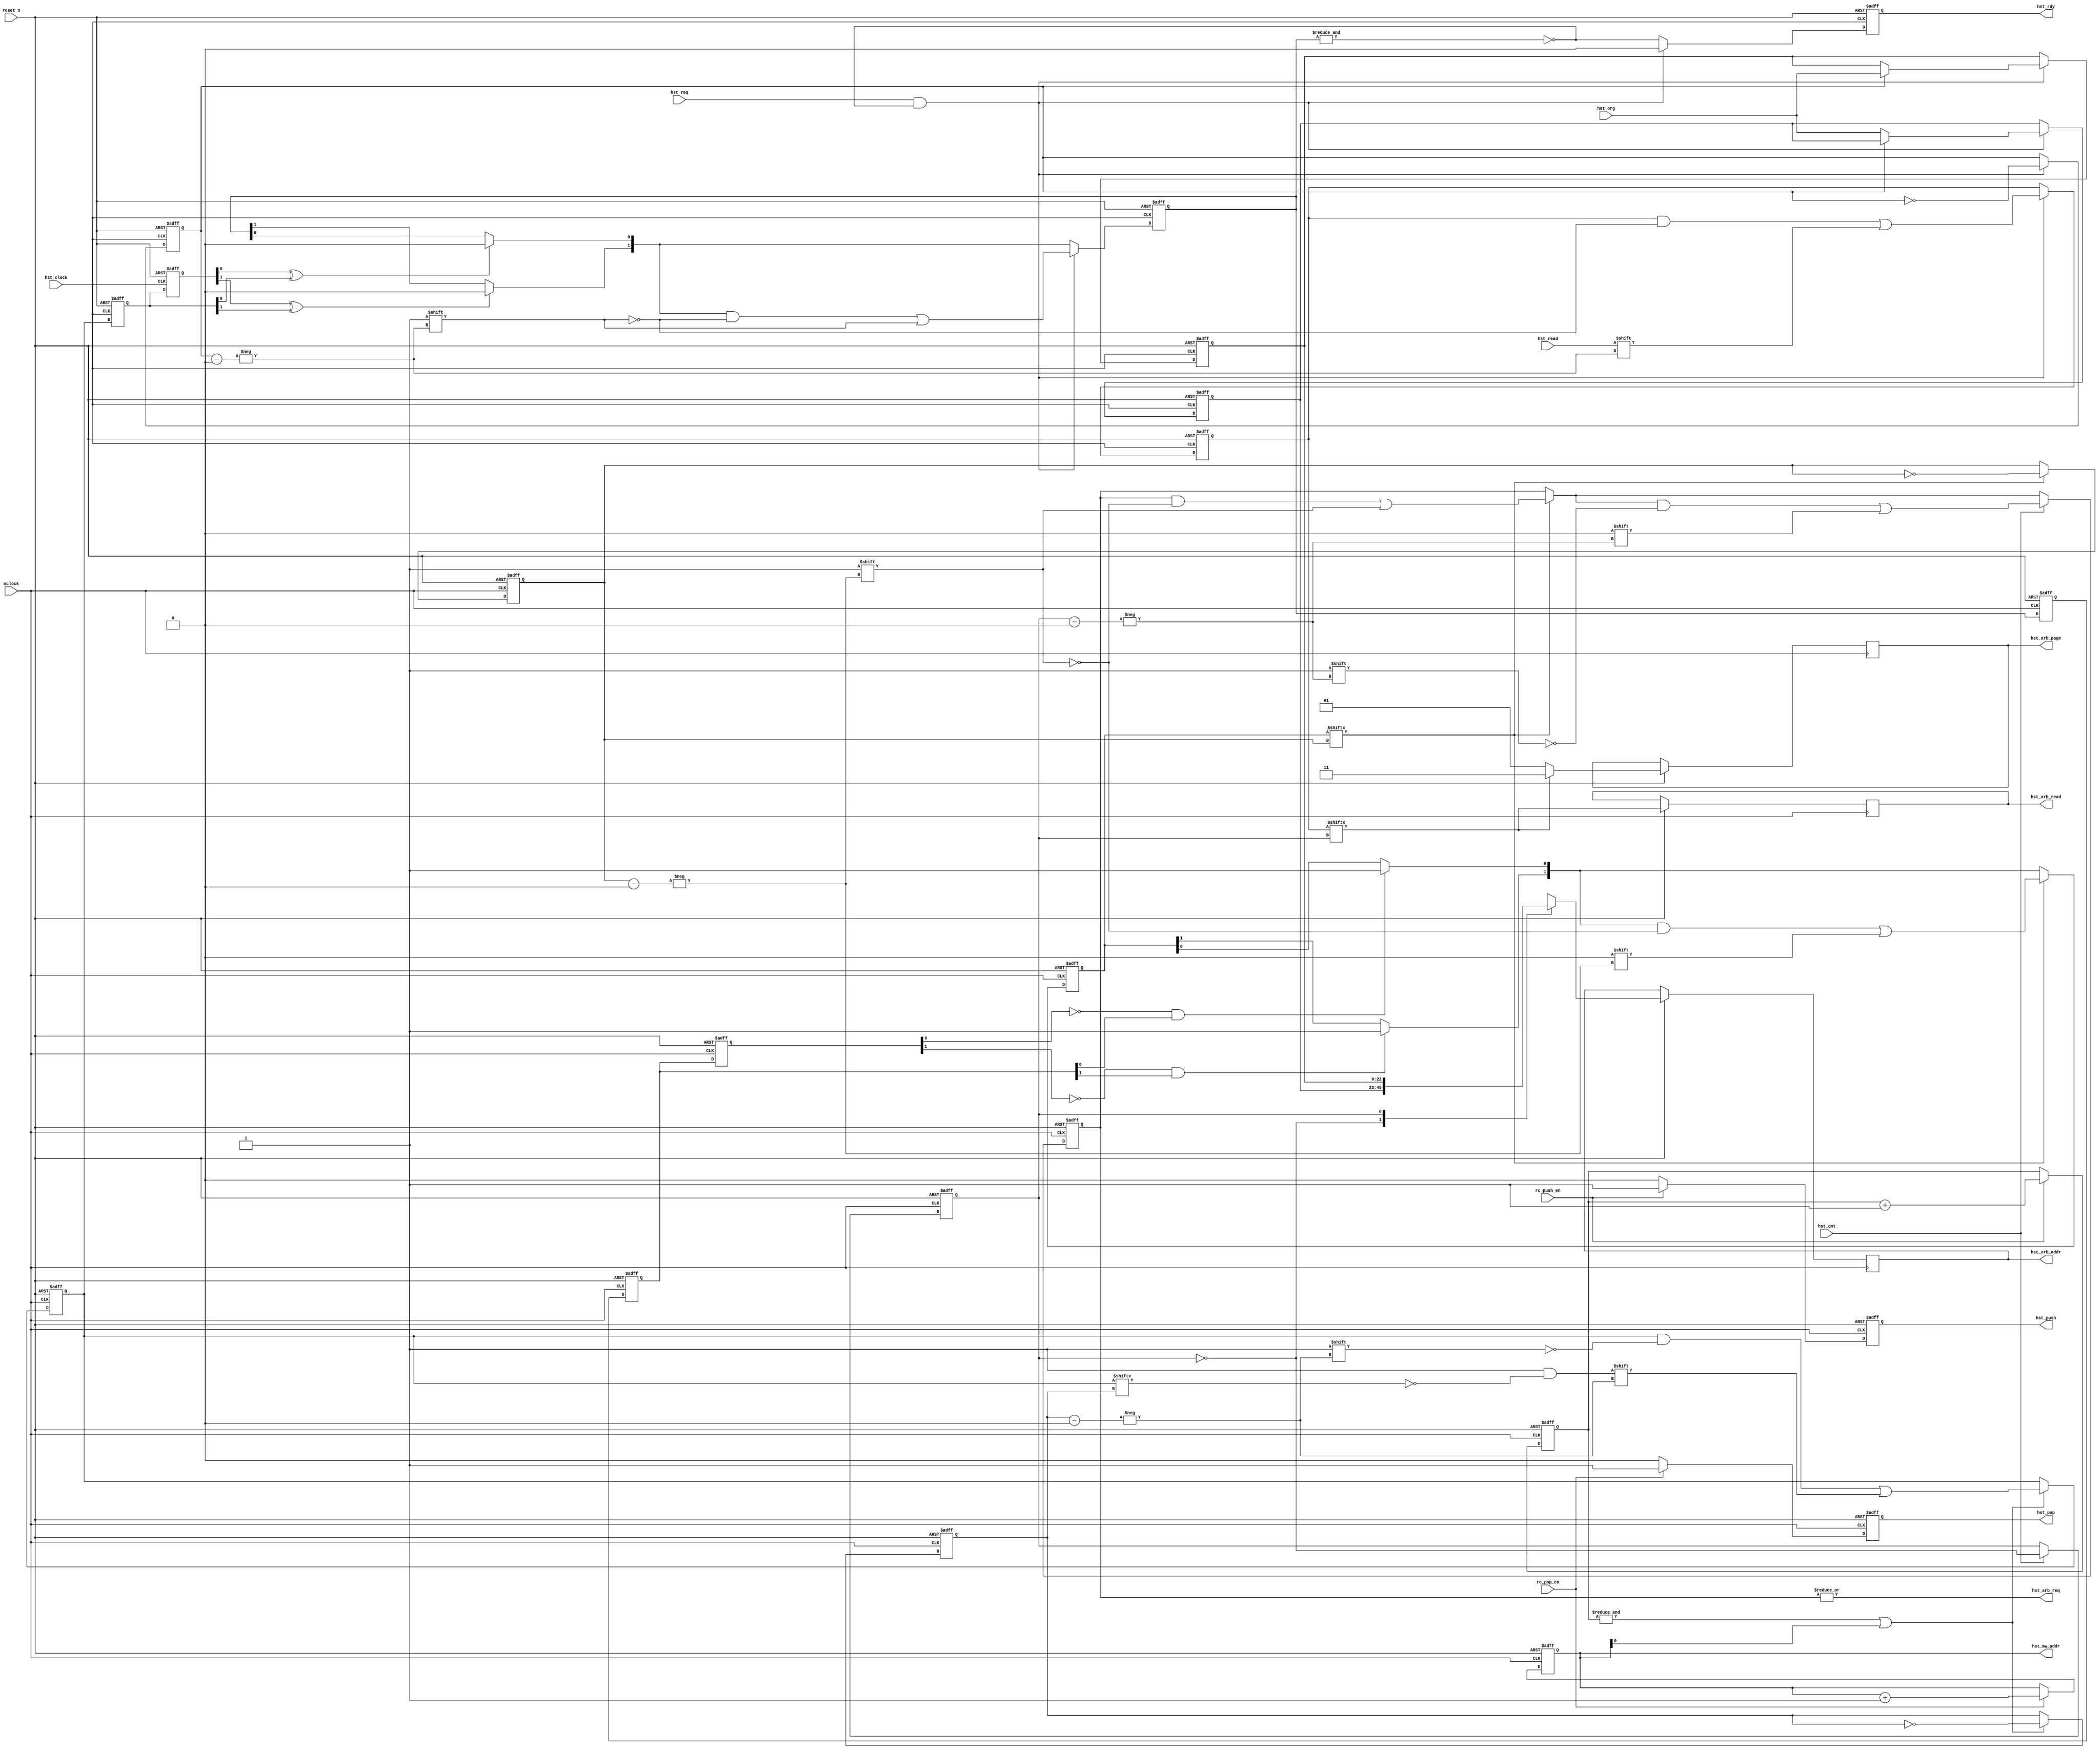
module mc_hst
  (
   input	    mclock,
   input	    reset_n,
   input	    hst_clock,
   input	    hst_gnt,       
   input [22:0]	    hst_org,       
   input	    hst_read,      
   input	    hst_req,       
   input	    rc_push_en,
   input	    rc_pop_en,     
   output reg [22:0] hst_arb_addr,  
   output reg	     hst_pop,       
   output reg	     hst_push,      
   output reg	     hst_rdy,       
   output reg [1:0]  hst_mw_addr,   
   output reg [1:0]  hst_arb_page,  
   output reg	     hst_arb_read,  
   output 	     hst_arb_req    
   );
  reg [22:0]	capt_addr[1:0];
  reg [1:0] 	capt_read;
  reg		input_select, output_select, capt_select;
  reg [1:0] 	req_sync_1, req_sync_2, req_sync_3;
  reg [1:0] 	hst_push_cnt;
  reg [1:0] 	busy;
  reg [1:0] 	clear_busy;
  reg [1:0] 	clear_busy0;
  reg [1:0] 	clear_busy1;
  reg [1:0] 	avail_mc;
  reg 		final_select;
  reg [1:0] 	hst_arb_req_int;
  assign hst_arb_req = |hst_arb_req_int;
  always @ (posedge hst_clock or negedge reset_n) begin
    if(!reset_n) begin
      input_select   <= 1'b0;
      hst_rdy        <= 1'b1;
      capt_addr[0]   <= 23'b0;
      capt_addr[1]   <= 23'b0;
      capt_read      <= 2'b0;
      busy           <= 2'b0;
      clear_busy0    <= 2'b0;
      clear_busy1    <= 2'b0;
    end else begin 
      clear_busy0 <= clear_busy;
      clear_busy1 <= clear_busy0;
      hst_rdy <= ~&busy;
      if (clear_busy1[0] ^ clear_busy0[0]) busy[0] <= 1'b0;
      if (clear_busy1[1] ^ clear_busy0[1]) busy[1] <= 1'b0;
      if (hst_req && ~&busy) begin
	input_select <= ~input_select;
	busy[input_select] <= 1'b1;
	capt_addr[input_select] <= hst_org;
	capt_read[input_select] <= hst_read;
	hst_rdy   <= 1'b0;
      end
    end 
  end 
  always @ (posedge mclock or negedge reset_n) begin
    if(!reset_n) begin
      hst_arb_req_int<= 1'b0;
      req_sync_1     <= 2'b0;
      req_sync_2     <= 2'b0;
      req_sync_3     <= 2'b0;
      avail_mc       <= 2'b0;
      capt_select    <= 1'b0;
      output_select   <= 1'b0;
      clear_busy      <= 2'b0;
      final_select    <= 1'b0;
    end else begin
      req_sync_1 <= busy;
      req_sync_2 <= req_sync_1;
      req_sync_3 <= req_sync_2;
      if (~req_sync_3[0] && req_sync_2[0]) avail_mc[0] <= 1'b1;
      if (~req_sync_3[1] && req_sync_2[1]) avail_mc[1] <= 1'b1;
      if (avail_mc[output_select]) begin
	output_select <= ~output_select;
	hst_arb_req_int[output_select] <= 1'b1;
	avail_mc[output_select] <= 1'b0;
      end 
      hst_arb_read <= capt_read[capt_select];
      hst_arb_page <= capt_read[capt_select] ? 2'h3 : 2'h1;
      hst_arb_addr <= capt_addr[capt_select];
      if(hst_gnt) begin
	capt_select <= ~capt_select;
	hst_arb_req_int[capt_select] <= 1'b0;
      end 
      if (&hst_push_cnt | hst_mw_addr[0]) begin
	clear_busy[final_select] <= ~clear_busy[final_select];
	final_select <= ~final_select;
      end
    end 
  end 
  always @ (posedge mclock or negedge reset_n) begin
    if(!reset_n) begin
      hst_push        <= 1'b0;
      hst_pop         <= 1'b0;
      hst_mw_addr     <= 2'b0;
      hst_push_cnt    <= 2'b0;
    end else begin
      if (rc_push_en) begin
	hst_push <= 1'b1;
	hst_push_cnt <= hst_push_cnt + 2'b1;
      end else hst_push <= 1'b0;
      if (rc_pop_en) begin
	hst_pop <= 1'b1;
	hst_mw_addr <= hst_mw_addr + 2'b1;
      end else hst_pop <= 1'b0;
    end 
  end 
endmodule